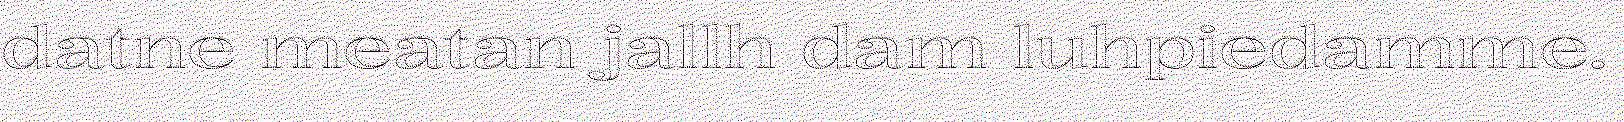
datne meatan jallh dam luhpiedamme.